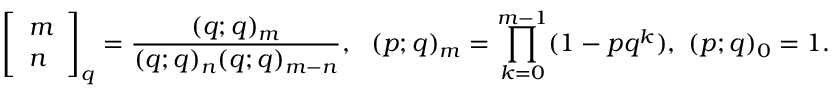
\left[ \begin{array} { l } { { m } } \\ { { n } } \end{array} \right] _ { q } = \frac { ( q ; q ) _ { m } } { ( q ; q ) _ { n } ( q ; q ) _ { m - n } } , ~ ~ ( p ; q ) _ { m } = \prod _ { k = 0 } ^ { m - 1 } ( 1 - p q ^ { k } ) , ~ ( p ; q ) _ { 0 } = 1 .